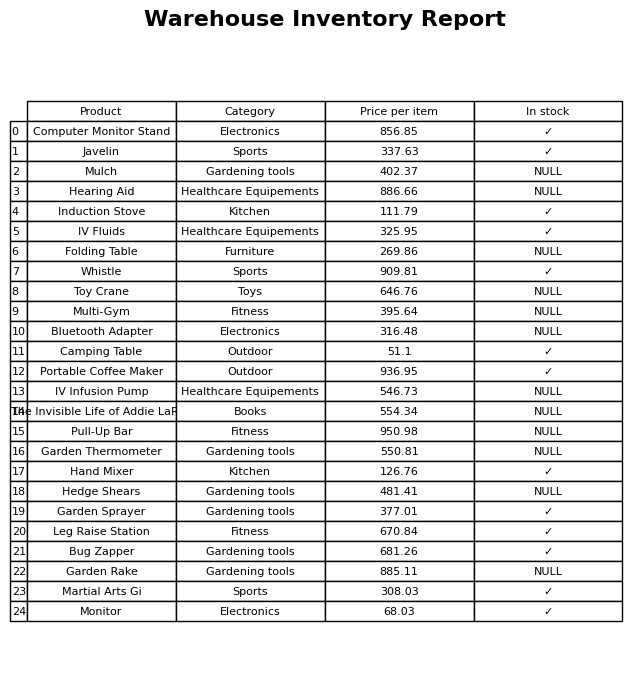
question: What is the price for Portable Coffee Maker?
answer: The price of Portable Coffee Maker is 936.95.